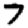
Digit: 7